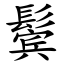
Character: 鬓